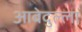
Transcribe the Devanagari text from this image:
आबेदुल्ला